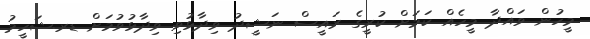
މީހުން ވައްދާ މީހެއް ކަމަށް ކުރީގެ ރައީސް ނަޝީދު ވިދާޅުވި ވިދާޅުވުމަށް ޑރ.ޝަހީމު